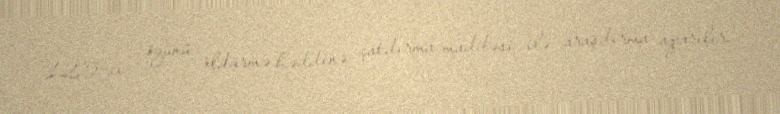
125-ci - özünü öldürmə həddinə çatdırma maddəsi ilə araşdırma aparılır.